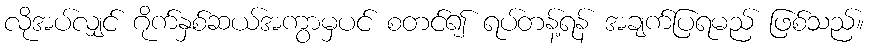
လိုအပ်လျှင် ဂိုက်နှစ်ဆယ်အကွာမှပင် စတင်၍ ရပ်တန့်ရန် အချက်ပြရမည် ဖြစ်သည်။